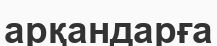
арқандарға